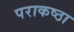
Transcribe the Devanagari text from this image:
पराकष्ठा